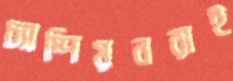
চ্যাম্পিয়নরাই